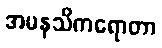
အမနသိကရောတာ